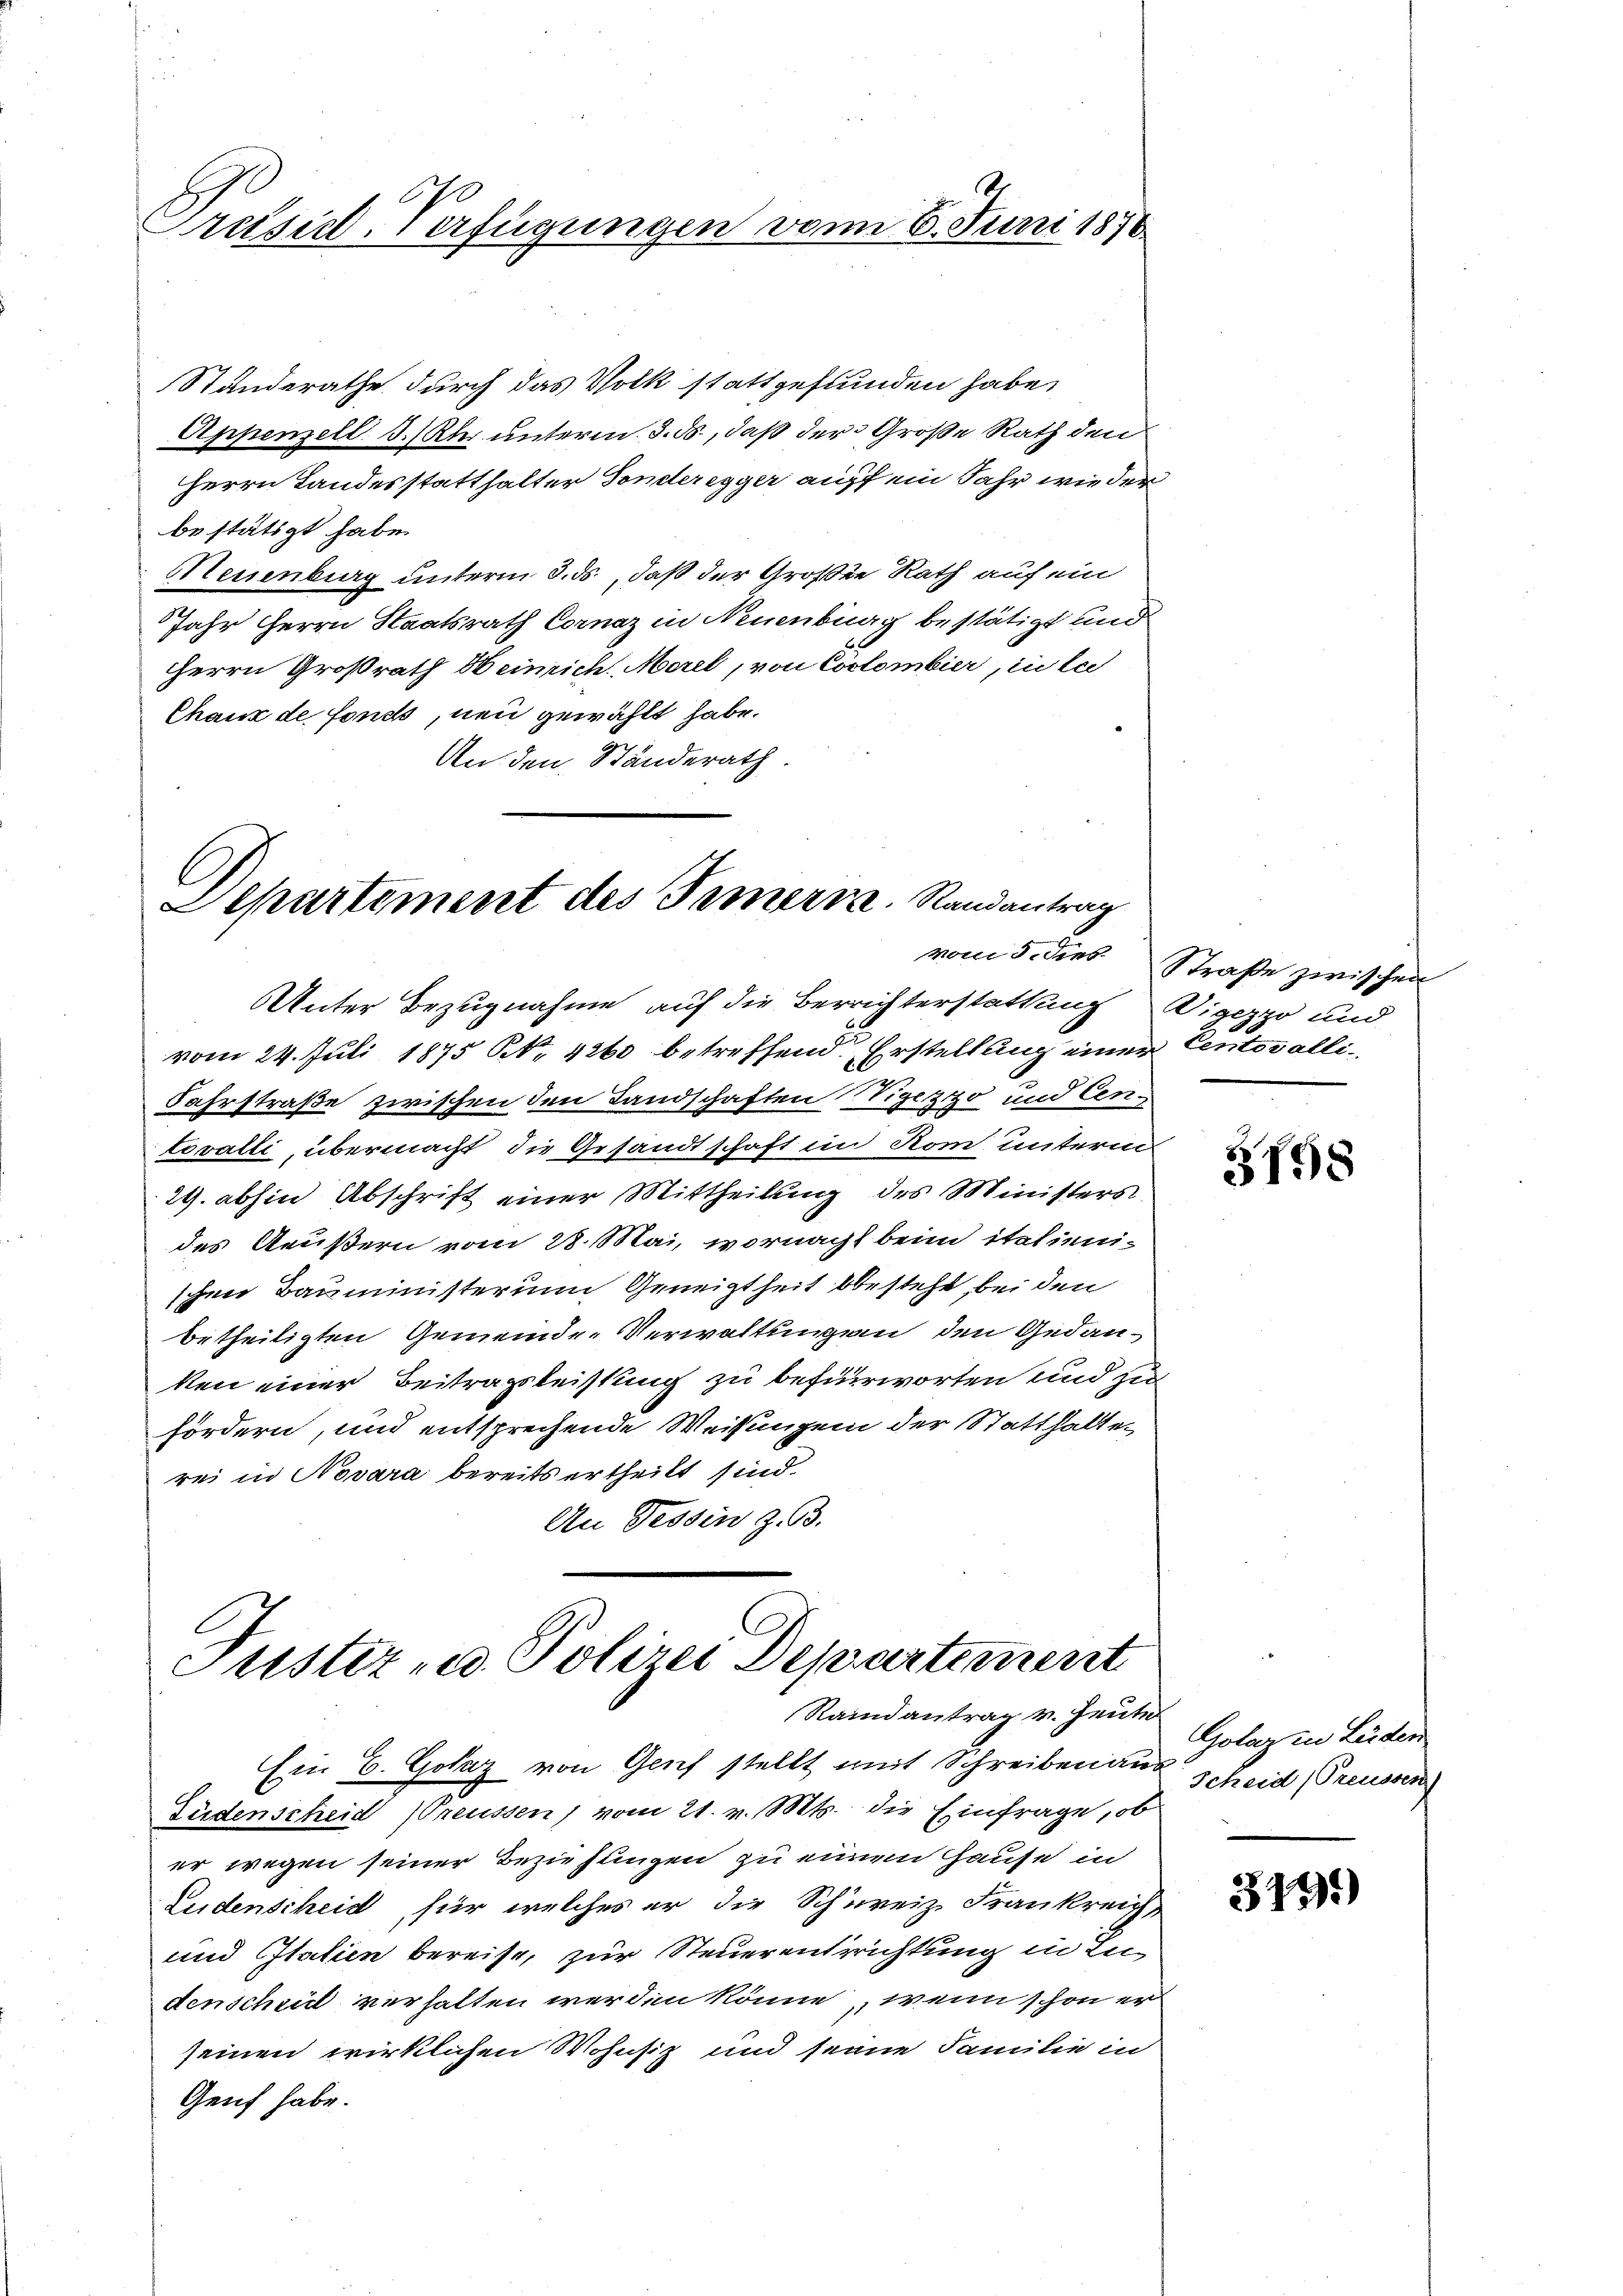
670
Präsid. Verfügungen vom 6. Juni 1876.

Standerathe durch das Volk stattgestunden habe,
Appenzell I. Kler unterm 3. ds., daß der Große Rath den
Herrn Landesstatthalter Sonderegger auff ein Jahr wieder
bestätigt habe.
Neuenburg unterm 3. ds., daß der Große Rath auf ein
Jahr Herrn Staatsrath Cornaz in Neuenburg bestätigt und
Herrn Großrath Heinrich. Merel, von Coclombier, in lei
Chaux de fonds, neu gewählt habe.
An den Ständerath.

Departement des Temerk. Randantrag

Unter Bezugnahme auf die Berrichterstattung Vigeppo und
vom 24. Juli 1875 N. 4260 betreffend Erstellung einer Centoralli¬
Fahrstraße zwischen den Landschaften Nigezzo und Centovalli, übermacht, die Gesandtschaft im Rom unterm
29. abhin Abschrift einer Mittheilung des Ministers
des Aeußern vom 28. Mai, wornacht beim italienischen Bauministerim Geneigtheit besteht, bei den
betheiligten Gemeinde-Verwaltungen den Gedanken einer Beitragsleistung zu befürworten und zu
fördern, und entsprechende Weisungen der Statthalten
rei in Novara bereits ertheilt sind.
An Tessin z. B.

Justiz- u. Polizei Departement

Raindantrag v. heuti
Ein E. Gotz von Genf stellt mit Schreiben aus
Füdenscheid (Preussen, vom 21. v. Mts. die Einfrage, ob
er wegen seiner Beziehungen zu einem Hause in
Ludenscheid für welches er die Schweiz. Frankreich
und Statien bereise, zur Steuerentrichtung in In
denscheit verhalten werden könne, wenn schon er
seinen wirklichen Wohnsitz und seine Familie in
Genf habe.

vom 5. dies Straße zwischen

3798

Golaz in Leiden
Scheid (Treussen)

3491)